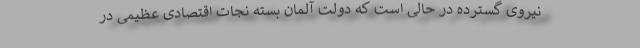
نیروی گسترده در حالی است که دولت آلمان بسته نجات اقتصادی عظیمی در